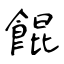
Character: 餛